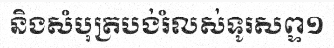
និងសំបុត្របង់រំលស់ទូរសព្ទ១